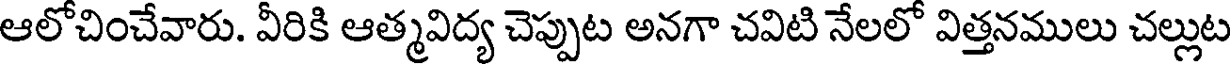
ఆలోచించేవారు. వీరికి ఆత్మవిద్య చెప్పుట అనగా చవిటి నేలలో విత్తనములు చల్లుట